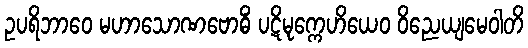
ဥပရိဘာဝေ မဟာသောဏဗောဓိံ ပဋိမုက္ကေဟိယေဝ ဝိညေယျမေဝါတိ